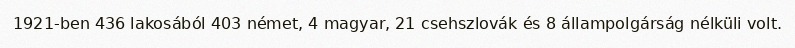
1921-ben 436 lakosából 403 német, 4 magyar, 21 csehszlovák és 8 állampolgárság nélküli volt.